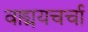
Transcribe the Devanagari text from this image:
वाड्मयचर्चा